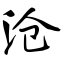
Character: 沧